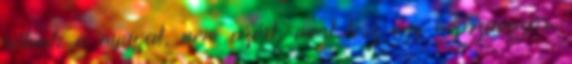
rólunk a nyugat, nem azért, mert lesz egy népszavazás.